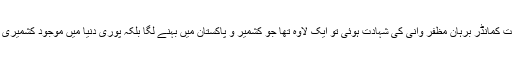
8 جولائی 2016 کو جب کشمیر میں حریت کمانڈر برہان مظفر وانی کی شہادت ہوئی تو ایک لاوہ تھا جو کشمیر و پاکستان میں بہنے لگا بلکہ پوری دنیا میں موجود کشمیری اور پاکستانی غم و غصے سے پھٹ پڑے۔